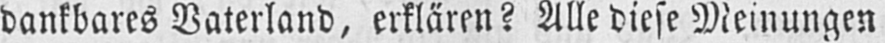
dankbares Vaterland, erklären? Alle diese Meinungen